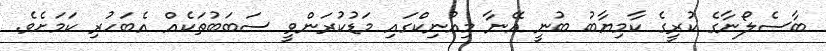
ބާސެލޯނާގެ ކުރީގެ ކާމިޔާބު ބުނީ އޭނާ މިއުނިކްގައި މަޑުކުރަންވީ ސަބަބުތަކެއް އެބަހުރި ކަމަށެވެ.